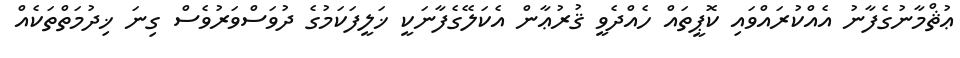
ޢުޘްމާނުގެފާނު އެއްކުރައްވައި ކޮޕީތައް ހެއްދެވީ ޤުރުޢާން އެކަލޭގެފާނަކީ ޚަލީފަކަމުގެ ދުވަސްވަރުވެސް ގިނަ ޚިދުމަތްތަކެއް